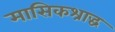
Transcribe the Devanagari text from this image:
मासिकश्राद्ध